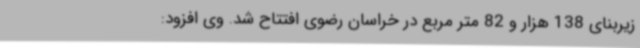
زیربنای 138 هزار و 82 متر مربع در خراسان رضوی افتتاح شد. وی افزود: